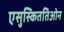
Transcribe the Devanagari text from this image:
एसुस्किततिओन